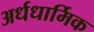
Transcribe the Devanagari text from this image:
अर्धधार्मिक